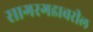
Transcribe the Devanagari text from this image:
सागरगडावरील